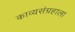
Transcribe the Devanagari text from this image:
काव्यसंग्रहाला